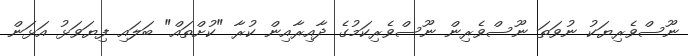
ނޫސްވެރިޔަކު ނުވަތަ ނޫސްވެރިން ނޫސްވެރިކަމުގެ ދާއިރާއިން ކުރާ "ކުށްތައް" ބަލައި ފިޔަވަޅު އަޅަން